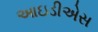
આઇડીએસ